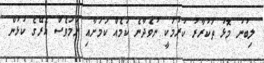
ލިބުނު މޮޅު ތަކުރާރު ކުރުމަކީ ނުވެދާނެ ކަމެއް ކަމަށާއި ނަމަވެސް އެރޭގެ ކުޅުން